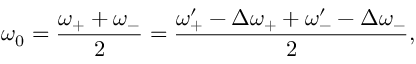
\omega _ { 0 } = \frac { \omega _ { + } + \omega _ { - } } { 2 } = \frac { \omega _ { + } ^ { \prime } - \Delta \omega _ { + } + \omega _ { - } ^ { \prime } - \Delta \omega _ { - } } { 2 } ,